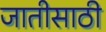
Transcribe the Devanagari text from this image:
जातीसाठी